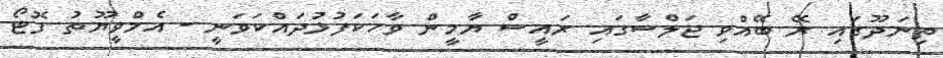
ތިނަދޫގައި ރޭ ބޭއްވި ޖަލްސާގައި ރައީސް ޔާމީން ވާހަކަފުޅުދައްކަވަނީ - އެމްވީޔޫތު ފޮޓޯ